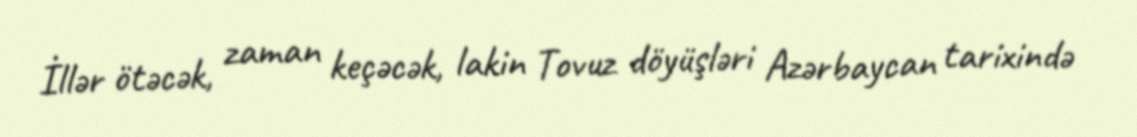
İllər ötəcək, zaman keçəcək, lakin Tovuz döyüşləri Azərbaycan tarixində